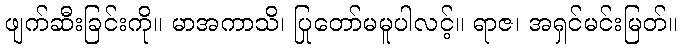
ဖျက်ဆီးခြင်းကို။ မာအကာသိ၊ ပြုတော်မမူပါလင့်။ ရာဇ၊ အရှင်မင်းမြတ်။